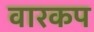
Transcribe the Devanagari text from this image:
वारकप